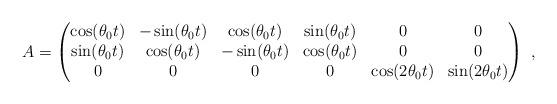
LaTeX: \begin{align*}A=\begin{pmatrix} \cos(\theta_0t) & -\sin(\theta_0t) & \cos(\theta_0t) & \sin(\theta_0t) & 0 & 0\\ \sin(\theta_0t) & \cos(\theta_0t) & -\sin(\theta_0t) & \cos(\theta_0t) & 0 & 0\\ 0 & 0 & 0 & 0 & \cos(2\theta_0t) & \sin(2\theta_0t)\end{pmatrix}\ ,\end{align*}